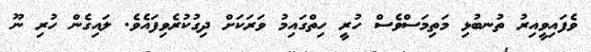
ވެފައިވީއިރު ތުނބުޅި މަތިމަސްވެސް ހުރީ ހިތްގައިމު ވަރަކަށް ދިގުކުރެވިފައެވެ. ލައިގެން ހުރި ނޫ